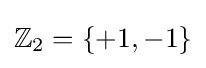
\mathbb {Z} _{2}=\{+1,-1\}